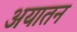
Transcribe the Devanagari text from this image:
अयातन